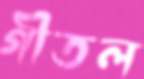
গীতল